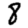
Digit: 8